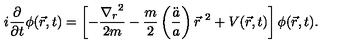
i \frac { \partial } { \partial t } \phi ( \vec { r } , t ) = \left[ - \frac { { \nabla _ { r } } ^ { 2 } } { 2 m } - \frac { m } { 2 } \left( \frac { \ddot { a } } { a } \right) { \vec { r } } ^ { \ 2 } + V ( \vec { r } , t ) \right] \phi ( \vec { r } , t ) .